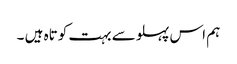
ہم اس پہلو سے بہت کوتاہ ہیں ۔